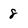
Character: 8